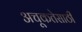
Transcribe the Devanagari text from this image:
अचूकतेसाठी